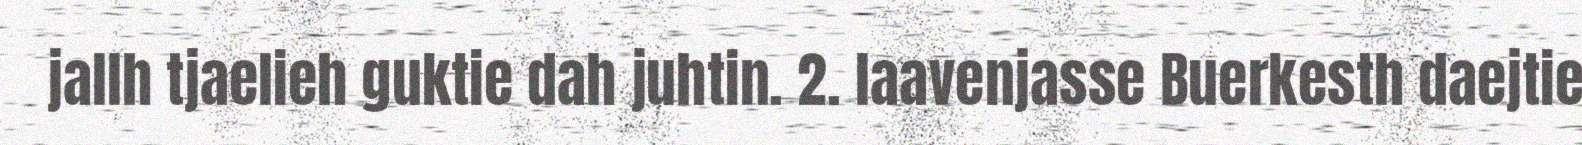
jallh tjaelieh guktie dah juhtin. 2. laavenjasse Buerkesth daejtie